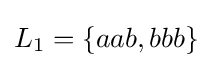
L_{1}=\{aab,bbb\}